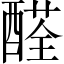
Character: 醛